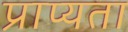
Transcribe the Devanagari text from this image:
प्राप्यता